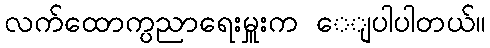
လက်ထောက္ပညာရေးမှူးက ေျပာပါတယ်။